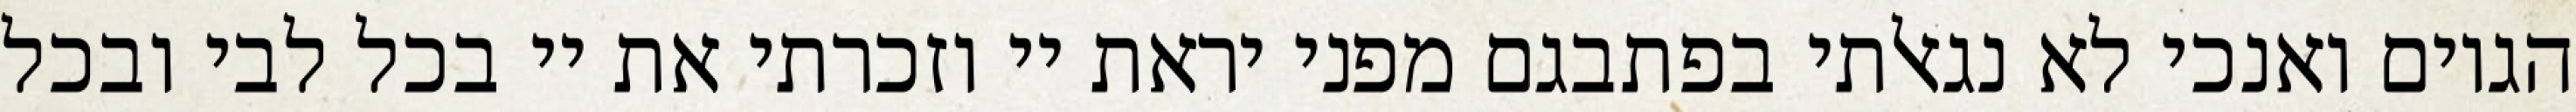
הגוים ואנכי לא נגאלתי בפתבגם מפני יראת יי וזכרתי את יי בכל לבי ובכל